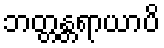
ဘတ္တန္တရာယာပိ